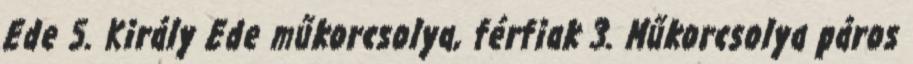
Ede 5. Király Ede műkorcsolya, férfiak 3. Műkorcsolya páros